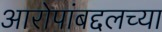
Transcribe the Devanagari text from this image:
आरोपांबद्दलच्या